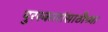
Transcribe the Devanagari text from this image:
पुरस्कारांसाठीच्या